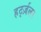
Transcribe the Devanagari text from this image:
हर्ट्ज़लर